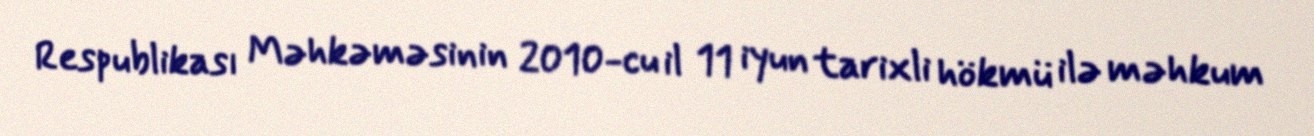
Respublikası Məhkəməsinin 2010-cu il 11 iyun tarixli hökmü ilə məhkum